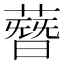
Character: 𦻳